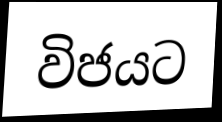
විජයට